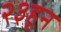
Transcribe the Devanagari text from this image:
२३हून